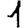
Digit: 1